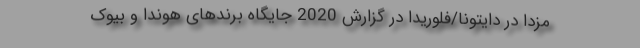
مزدا در دایتونا/فلوریدا در گزارش 2020 جایگاه برندهای هوندا و بیوک